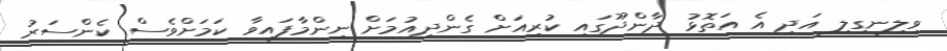
ވިލިނގިލި އަދި އެ އަތޮޅު ދާންދޫގައި ކުރިއަށް ގެންދިއުމަށް ނިންމާފައިވާ ކަމަށްވެސް ކެންސަރު